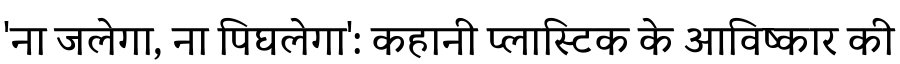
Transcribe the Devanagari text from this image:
'ना जलेगा, ना पिघलेगा': कहानी प्लास्टिक के आविष्कार की